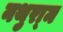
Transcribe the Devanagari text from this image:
नथुरा्म